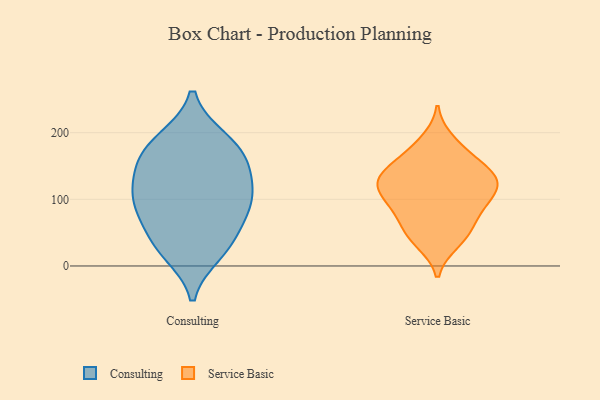
{"axis": {"x": "Market Share (%)", "y": "Value"}, "legend": ["Consulting", "Service Basic"], "data": [{"x": "", "y": 161, "type": "Consulting"}, {"x": "", "y": 124, "type": "Consulting"}, {"x": "", "y": 159, "type": "Consulting"}, {"x": "", "y": 87, "type": "Consulting"}, {"x": "", "y": 20, "type": "Consulting"}, {"x": "", "y": 101, "type": "Consulting"}, {"x": "", "y": 155, "type": "Consulting"}, {"x": "", "y": 190, "type": "Consulting"}, {"x": "", "y": 92, "type": "Consulting"}, {"x": "", "y": 190, "type": "Consulting"}, {"x": "", "y": 113, "type": "Consulting"}, {"x": "", "y": 34, "type": "Consulting"}, {"x": "", "y": 31, "type": "Consulting"}, {"x": "", "y": 69, "type": "Consulting"}, {"x": "", "y": 35, "type": "Service Basic"}, {"x": "", "y": 87, "type": "Service Basic"}, {"x": "", "y": 55, "type": "Service Basic"}, {"x": "", "y": 142, "type": "Service Basic"}, {"x": "", "y": 189, "type": "Service Basic"}, {"x": "", "y": 128, "type": "Service Basic"}, {"x": "", "y": 88, "type": "Service Basic"}, {"x": "", "y": 138, "type": "Service Basic"}, {"x": "", "y": 103, "type": "Service Basic"}, {"x": "", "y": 65, "type": "Service Basic"}, {"x": "", "y": 41, "type": "Service Basic"}, {"x": "", "y": 161, "type": "Service Basic"}, {"x": "", "y": 102, "type": "Service Basic"}, {"x": "", "y": 126, "type": "Service Basic"}, {"x": "", "y": 124, "type": "Service Basic"}, {"x": "", "y": 125, "type": "Service Basic"}, {"x": "", "y": 168, "type": "Service Basic"}]}